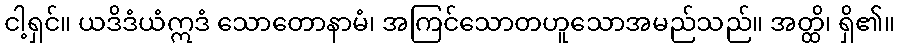
ငါ့ရှင်။ ယဒိဒံယံဣဒံ သောတောနာမံ၊ အကြင်သောတဟူသောအမည်သည်။ အတ္ထိ၊ ရှိ၏။